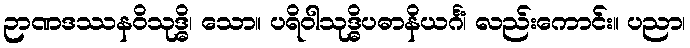
ဉာဏဒဿနဝိသုဒ္ဓိ၊ သော။ ပရိဝါသုဒ္ဓိပဓာနိယင်္ဂံ၊ လည်းကောင်း။ ပညာ၊